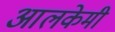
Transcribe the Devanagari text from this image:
आलकेमी